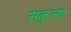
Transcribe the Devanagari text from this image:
सकुल्य